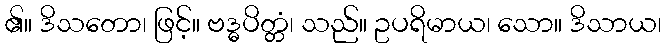
၏။ ဒိသတော၊ ဖြင့်။ ဗဒ္ဓပိတ္တံ၊ သည်။ ဥပရိမာယ၊ သော။ ဒိသာယ၊